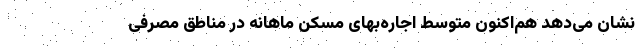
نشان می‌‌دهد هم‌‌اکنون متوسط اجاره‌‌بهای مسکن ماهانه در مناطق مصرفی